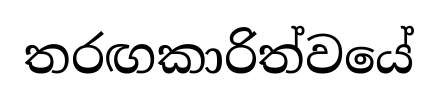
තරඟකාරිත්වයේ